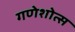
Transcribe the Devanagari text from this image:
गणेशोत्स